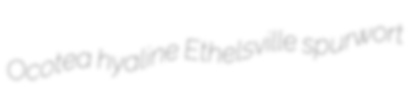
Ocotea hyaline Ethelsville spurwort